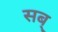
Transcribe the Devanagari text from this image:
सब्